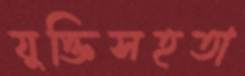
যুক্তিসহতা